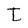
Character: I